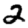
Digit: 2